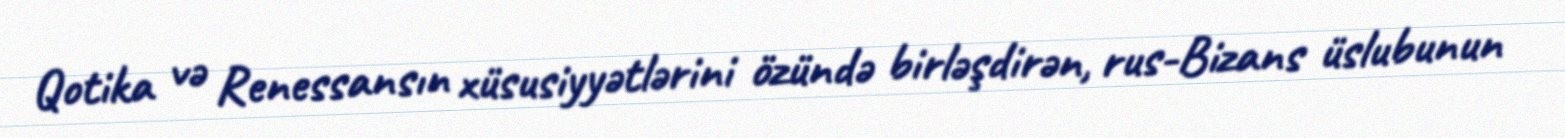
Qotika və Renessansın xüsusiyyətlərini özündə birləşdirən, rus-Bizans üslubunun